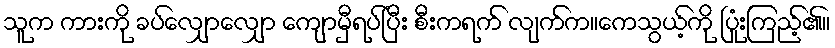
သူက ကားကို ခပ်လျှောလျှော ကျောမှီရပ်ပြီး စီးကရက် လျက်က။ကေသွယ့်ကို ပြုံးကြည့်၏။